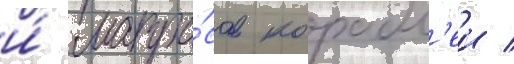
и́ матро́сов корабл'еи /